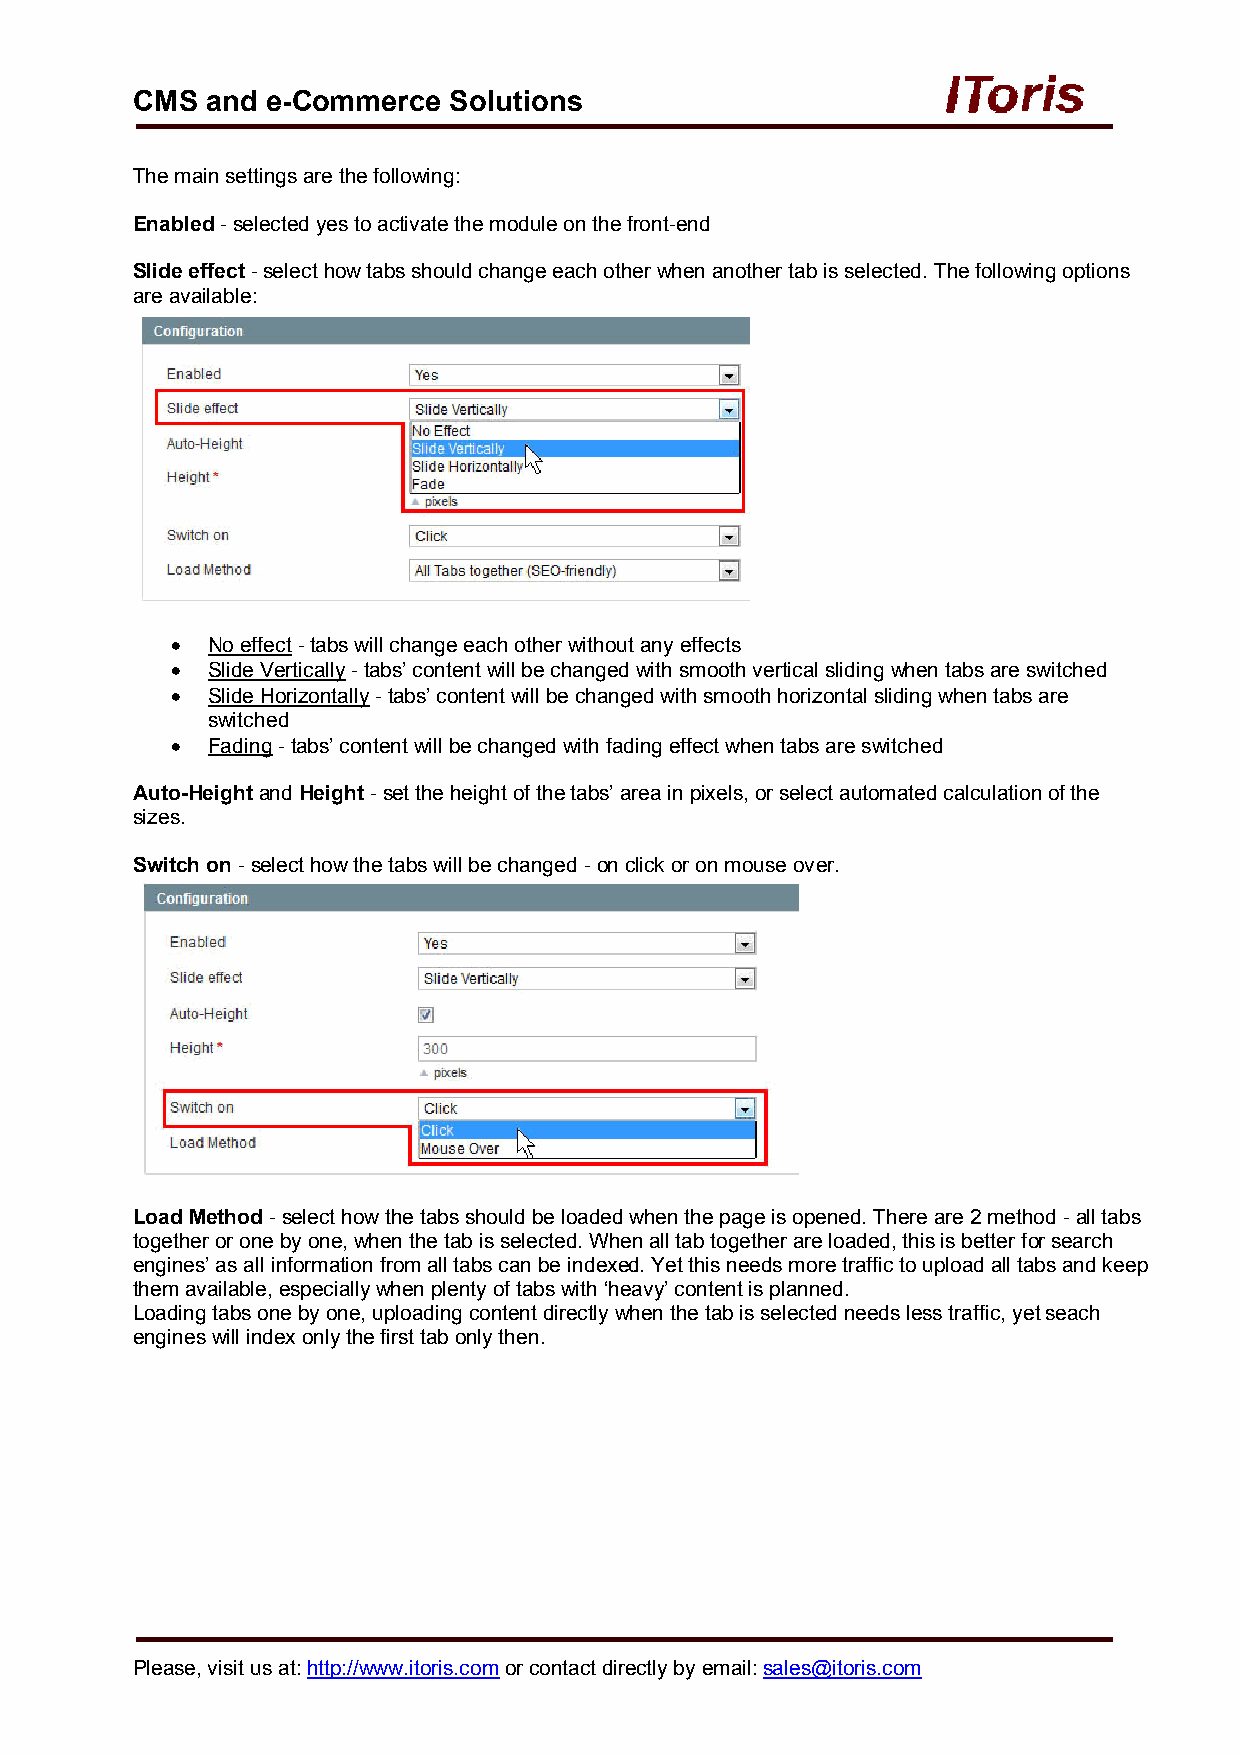
CMS  and e-Commerce  Solutions
 The main settings are the following:
 Enabled - selected yes to activate the module on the front-end
 Slide effect - select how tabs should change each other when another tab is selected. The following options
 are available:
   No effect - tabs will change each other without any effects
   Slide Vertically - tabs’ content will be changed with smooth vertical sliding when tabs are switched
   Slide Horizontally - tabs’ content will be changed with smooth horizontal sliding when tabs are
 switched
   Fading - tabs’ content will be changed with fading effect when tabs are switched
 Auto-Height and Height - set the height of the tabs’ area in pixels, or select automated calculation of the
 sizes.
 Switch on - select how the tabs will be changed - on click or on mouse over.
 Load Method - select how the tabs should be loaded when the page is opened. There are 2 method - all tabs
 together or one by one, when the tab is selected. When all tab together are loaded, this is better for search
 engines’ as all information from all tabs can be indexed. Yet this needs more traffic to upload all tabs and keep
 them available, especially when plenty of tabs with ‘heavy’ content is planned.
 Loading tabs one by one, uploading content directly when the tab is selected needs less traffic, yet seach
 engines will index only the first tab only then.
 Please, visit us at: http://www.itoris.com or contact directly by email: sales@itoris.com